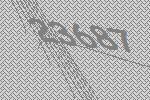
23687